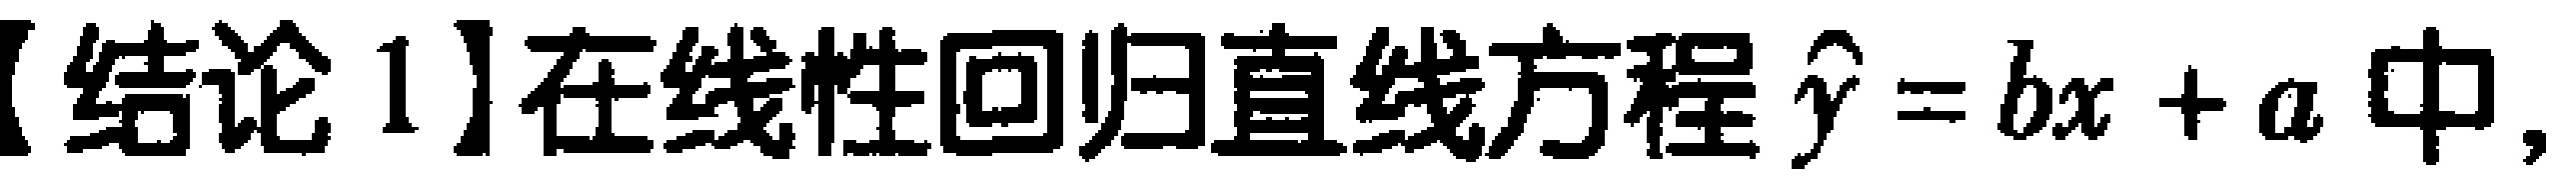
【结论1】在线性回归直线方程$\hat{y}=bx + a$中,